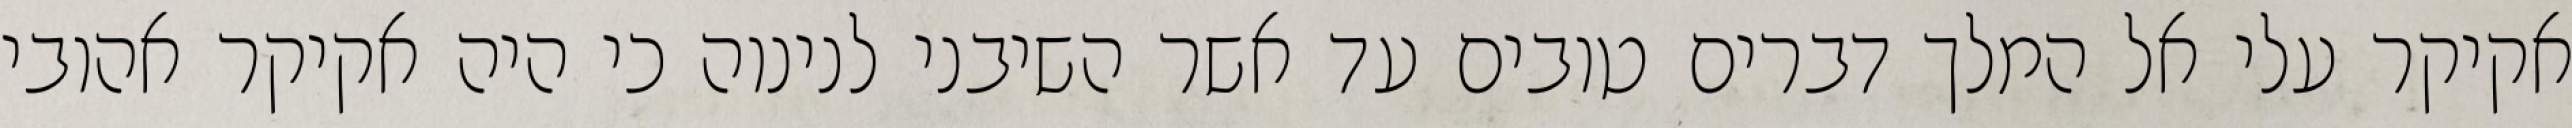
אקיקר עלי אל המלך דברים טובים עד אשר השיבני לנינוה כי היה אקיקר אהובי